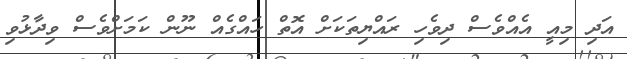
އަދި މިއީ އެއްވެސް ދިވެހި ރައްޔިތަކަށް އޮތް ހައްގެއް ނޫން ކަމަށްވެސް ވިދާޅުވި